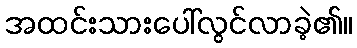
အထင်းသားပေါ်လွင်လာခဲ့၏။